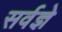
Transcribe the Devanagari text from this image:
सर्वज्ञे